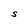
Character: S